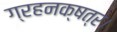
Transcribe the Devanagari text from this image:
ग्रहनक्षत्र।